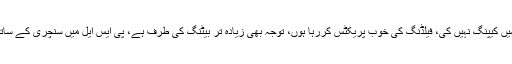
کامران اکمل کا کہناہے کہ بطور بیٹسمین کھیلنا چاہتا ہوں، کیمپ میں کیپنگ نہیں کی، فیلڈنگ کی خوب پریکٹس کررہا ہوں، توجہ بھی زیادہ تر بیٹنگ کی طرف ہے، پی ایس ایل میں سنچری کے ساتھ بہترین بیٹسمین کا ایوارڈ بھی میری محنت کا منہ بولتا ثبوت ہے۔